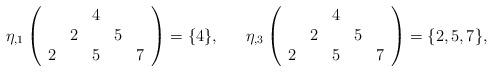
LaTeX: \begin{align*}\eta_{,1}\left( \begin{array}{ccccc}&&4&&\\&2&&5&\\2&&5&&7\end{array} \right) = \{4\},&&\eta_{,3}\left( \begin{array}{ccccc}&&4&&\\&2&&5&\\2&&5&&7\end{array} \right) = \{2,5,7\},\end{align*}